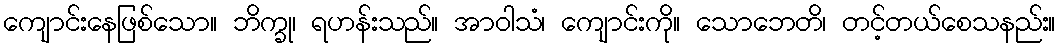
ကျောင်းနေဖြစ်သော။ ဘိက္ခု၊ ရဟန်းသည်။ အာဝါသံ၊ ကျောင်းကို။ သောဘေတိ၊ တင့်တယ်စေသနည်း။